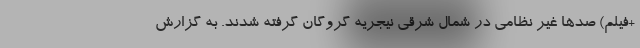
+فیلم) صد‌ها غیر نظامی در شمال شرقی نیجریه گروگان گرفته شدند. به گزارش